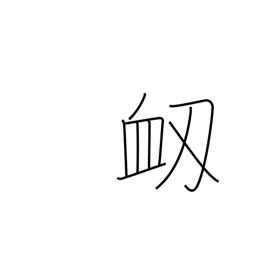
Meaning: nosebleed